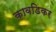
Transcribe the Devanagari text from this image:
कावडिकर